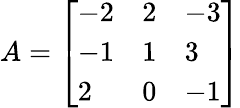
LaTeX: A={\left[\begin{array}{lll}{-2}&{2}&{-3}\\ {-1}&{1}&{3}\\ {2}&{0}&{-1}\end{array}\right]}